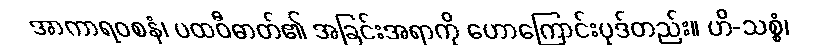
အာကာရဝစနံ၊ ပထဝီဓာတ်၏ အခြင်းအရာကို ဟောကြောင်းပုဒ်တည်း။ ဟိ-သစ္စံ၊